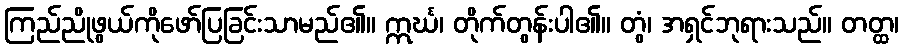
ကြည်ညိုဖွယ်ကိုဖော်ပြခြင်းသာမည်၏။ ဣင်္ဃ၊ တိုက်တွန်းပါ၏။ တွံ၊ အရှင်ဘုရားသည်။ တတ္ထ၊